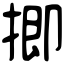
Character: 揤